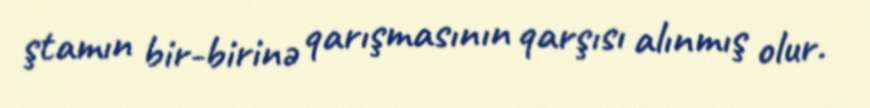
ştamın bir-birinə qarışmasının qarşısı alınmış olur.